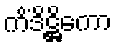
ကိံဒိဋ္ဌိကော